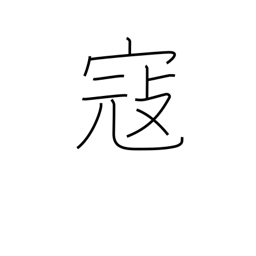
Meaning: invade